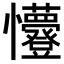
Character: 𭟭